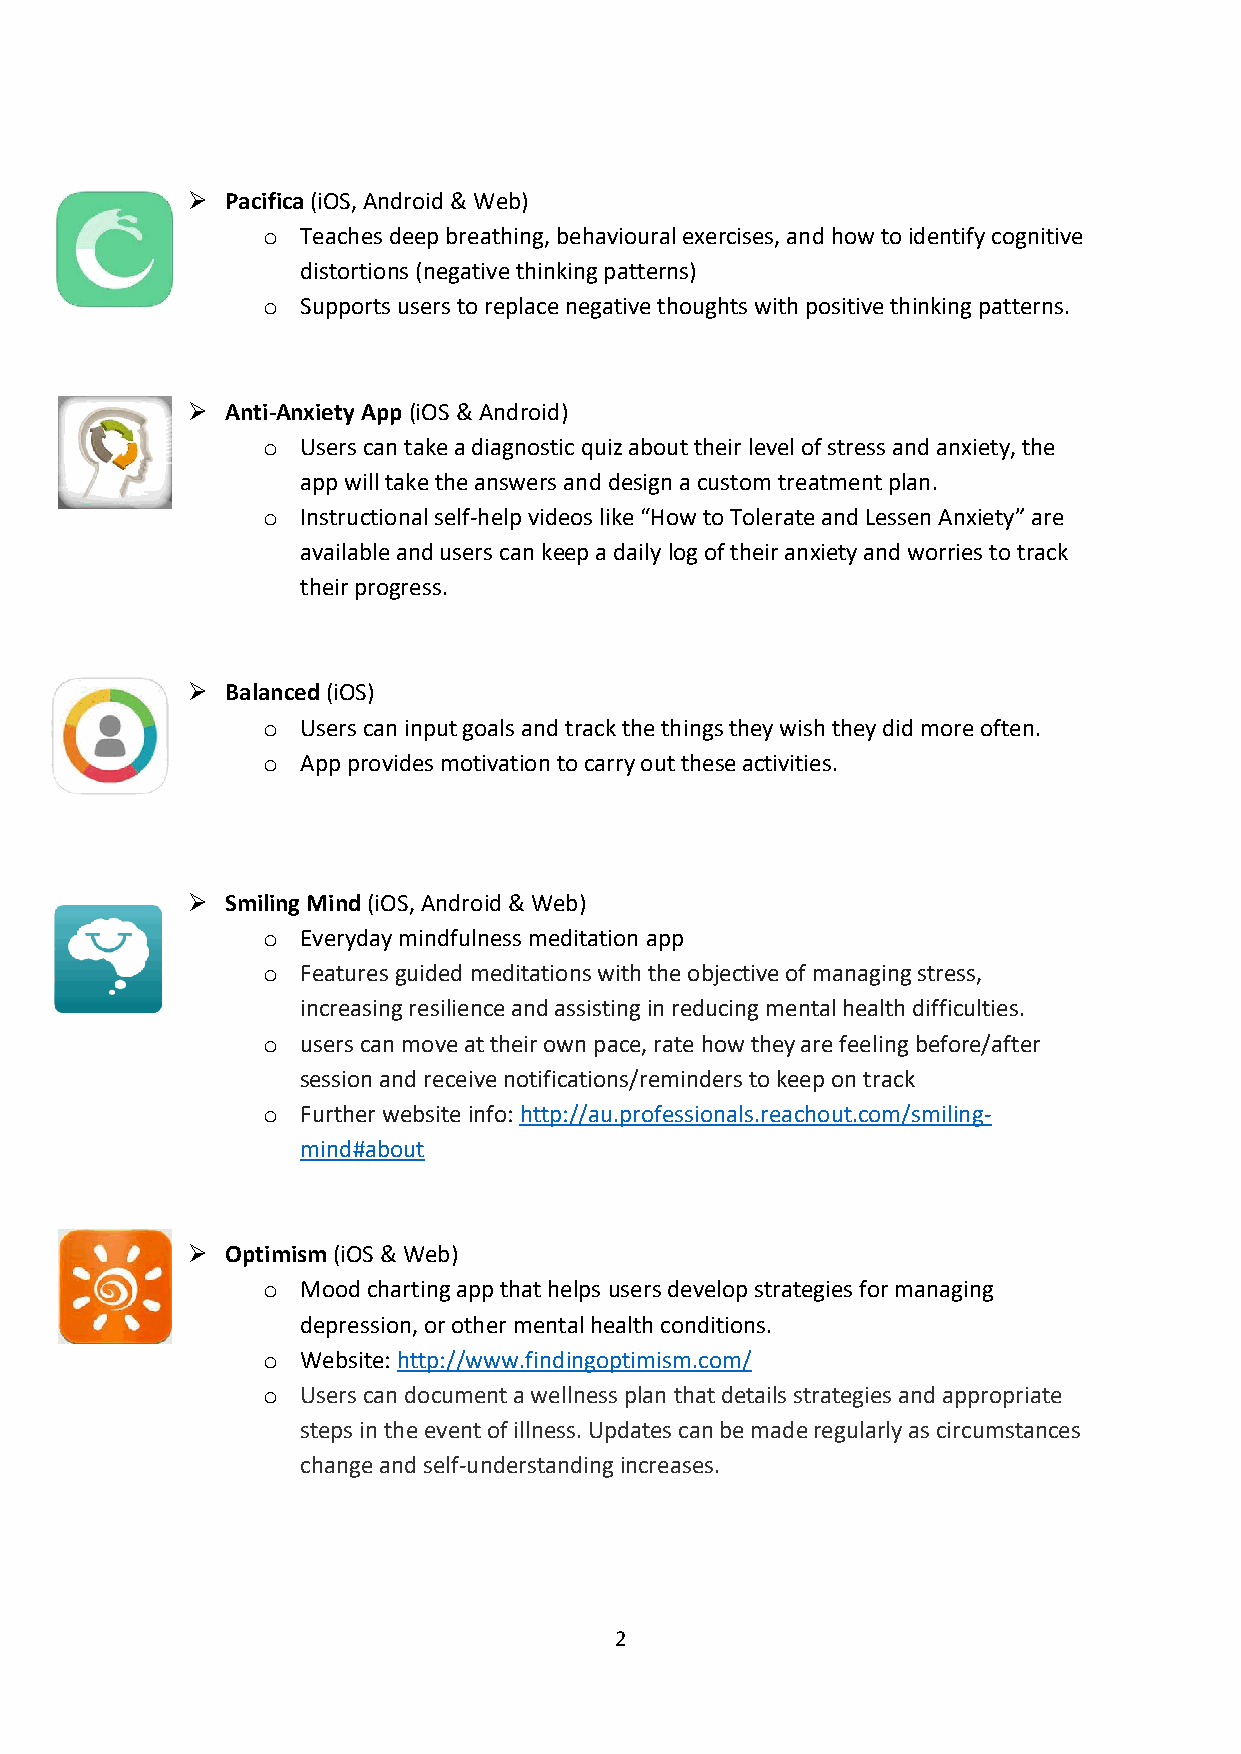
➢  Pacifica (iOS, Android & Web)
 o  Teaches deep breathing, behavioural exercises, and how to identify cognitive
 distortions (negative thinking patterns)
 o  Supports users to replace negative thoughts with positive thinking patterns.
 ➢  Anti-Anxiety App (iOS & Android)
 o  Users can take a diagnostic quiz about their level of stress and anxiety, the
 app will take the answers and design a custom treatment plan.
 o  Instructional self-help videos like “How to Tolerate and Lessen Anxiety” are
 available and users can keep a daily log of their anxiety and worries to track
 their progress.
 ➢  Balanced (iOS)
 o  Users can input goals and track the things they wish they did more often.
 o  App provides motivation to carry out these activities.
 ➢  Smiling Mind (iOS, Android & Web)
 o  Everyday mindfulness meditation app
 o  Features guided meditations with the objective of managing stress,
 increasing resilience and assisting in reducing mental health difficulties.
 o  users can move at their own pace, rate how they are feeling before/after
 session and receive notifications/reminders to keep on track
 o  Further website info: http://au.professionals.reachout.com/smiling-
 mind#about
 ➢  Optimism (iOS & Web)
 o  Mood charting app that helps users develop strategies for managing
 depression, or other mental health conditions.
 o  Website: http://www.findingoptimism.com/
 o  Users can document a wellness plan that details strategies and appropriate
 steps in the event of illness. Updates can be made regularly as circumstances
 change and self-understanding increases.
 2